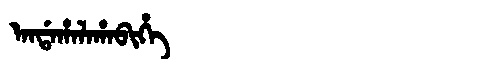
Manchu: ᠠᠨᡩᠠᡥᠠᠯᠠᡥᠠᠪᡳᡥᡝ
Romanization: ANDAHALAHABIHE